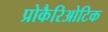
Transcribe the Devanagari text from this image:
प्रोकैरिओटिक